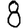
Digit: 8